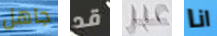
جاهل قد عبر انا